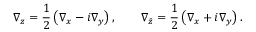
\nabla _ { z } = \frac { 1 } { 2 } \left( \nabla _ { x } - i \nabla _ { y } \right) , \qquad \nabla _ { \bar { z } } = \frac { 1 } { 2 } \left( \nabla _ { x } + i \nabla _ { y } \right) .